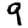
Digit: 9